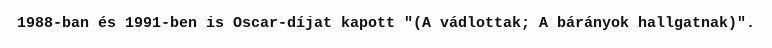
1988-ban és 1991-ben is Oscar-díjat kapott "(A vádlottak; A bárányok hallgatnak)".